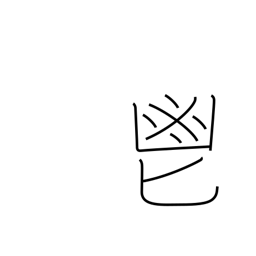
Meaning: fragrant herbs